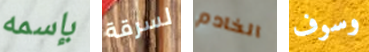
بإسمه لسرقة الخادم وسوف